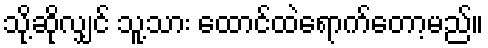
သို့ဆိုလျှင် သူ့သား ထောင်ထဲရောက်တော့မည်။